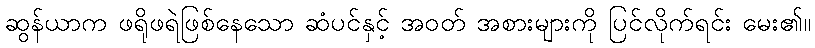
ဆွန်ယာက ဖရိုဖရဲဖြစ်နေသော ဆံပင်နှင့် အဝတ် အစားများကို ပြင်လိုက်ရင်း မေး၏။